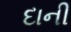
દાની